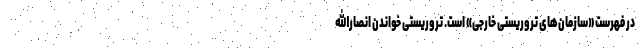
در فهرست «سازمان‌های تروریستی خارجی» است. تروریستی خواندن انصارالله